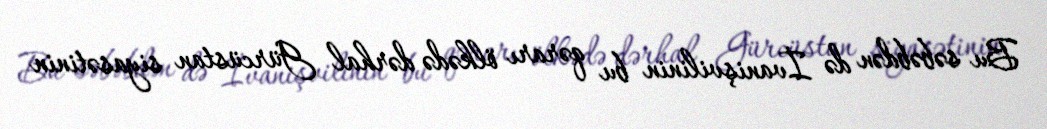
Bu səbəbdən də İvanişvilinin bu qərarı ölkədə dərhal Gürcüstan siyasətinin